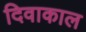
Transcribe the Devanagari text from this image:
दिवाकाल